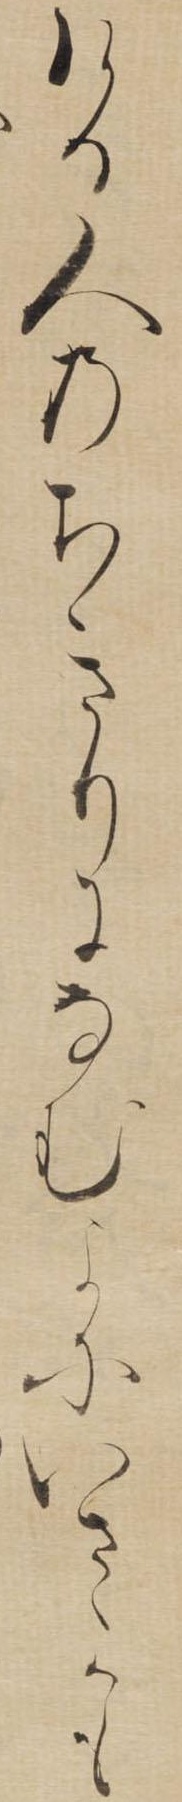
ける人のちきりになむよにいさゝかも